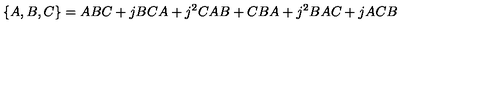
\{ A , B , C \} = A B C + j B C A + j ^ { 2 } C A B + C B A + j ^ { 2 } B A C + j A C B